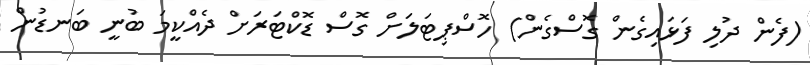
(ފެން ދުލި ފަޅައިގެން ގޮސްގެން) ހޮސްޕިޓަލަށް ގޮސް ޑޮކްޓަރަށް ދެއްކީމަ ބުނީ ބަނޑުން